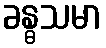
ခန္ဓသမာ